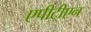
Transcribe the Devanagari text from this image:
एपीटीएन